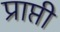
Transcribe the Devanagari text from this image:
प्राप्ती